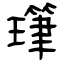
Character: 㻶